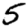
Digit: 5